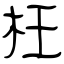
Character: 枉